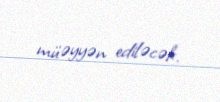
müəyyən ediləcək.